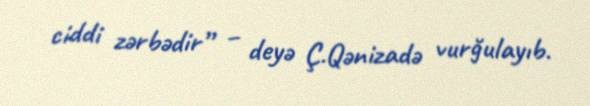
ciddi zərbədir” – deyə Ç.Qənizadə vurğulayıb.